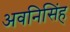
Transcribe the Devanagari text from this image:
अवनिसिंह